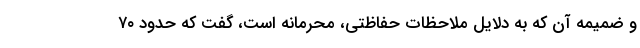
و ضمیمه آن که به دلایل ملاحظات حفاظتی، محرمانه است، گفت که حدود ۷۰